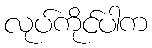
လုပ်ကိုင်ပါက